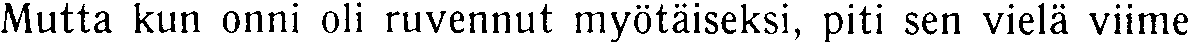
Mutta kun onni oli ruvennut myötäiseksi, piti sen vielä viime